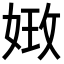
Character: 𡝺